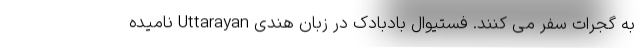
به گُجَرات سفر می کنند. فستیوال بادبادک در زبان هندی Uttarayan نامیده